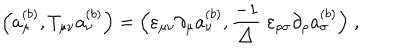
LaTeX: \Big ( a _ { \mu } ^ { ( b ) } , T _ { \mu \nu } a _ { \nu } ^ { ( b ) } \Big ) = \Big ( \varepsilon _ { \mu \nu } \partial _ { \mu } a _ { \nu } ^ { ( b ) } , \frac { - 1 } { \triangle } \; \varepsilon _ { \rho \sigma } \partial _ { \rho } a _ { \sigma } ^ { ( b ) } \Big ) \; ,